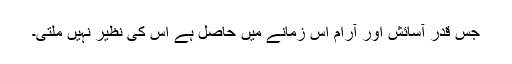
جس قدر آسائش اور آرام اس زمانے میں حاصل ہے اس کی نظیر نہیں ملتی۔